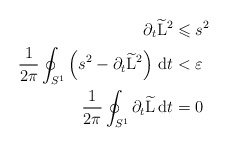
\begin{align*}\partial_t \widetilde{\mathrm L}^2 & \leqslant s^2\\\frac{1}{2\pi}\oint_{S^1}\left(s^2-\partial_t \widetilde {\mathrm L}^2\right)\,\mathrm dt & <\varepsilon\\\frac{1}{2\pi}\oint_{S^1}\partial_t\widetilde {\mathrm L}\,\mathrm dt & = 0\end{align*}